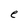
Character: e